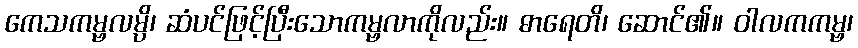
ကေသကမ္ဗလမ္ပိ၊ ဆံပင်ဖြင့်ပြီးသောကမ္ဗလာကိုလည်း။ ဓာရေတိ၊ ဆောင်၏။ ဝါလကကမ္ဗ၊